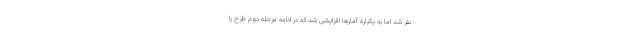
نفر شد اما به یکباره آمارها افزایشی شد که در ادامه مرحله دوم طرح را